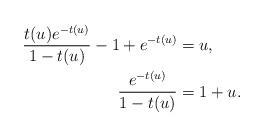
LaTeX: \begin{align*}\frac{t(u)e^{-t(u)}}{1-t(u)}-1 + e^{-t(u)} &= u, \\\frac{e^{-t(u)}}{1-t(u)} &=1+u. \end{align*}